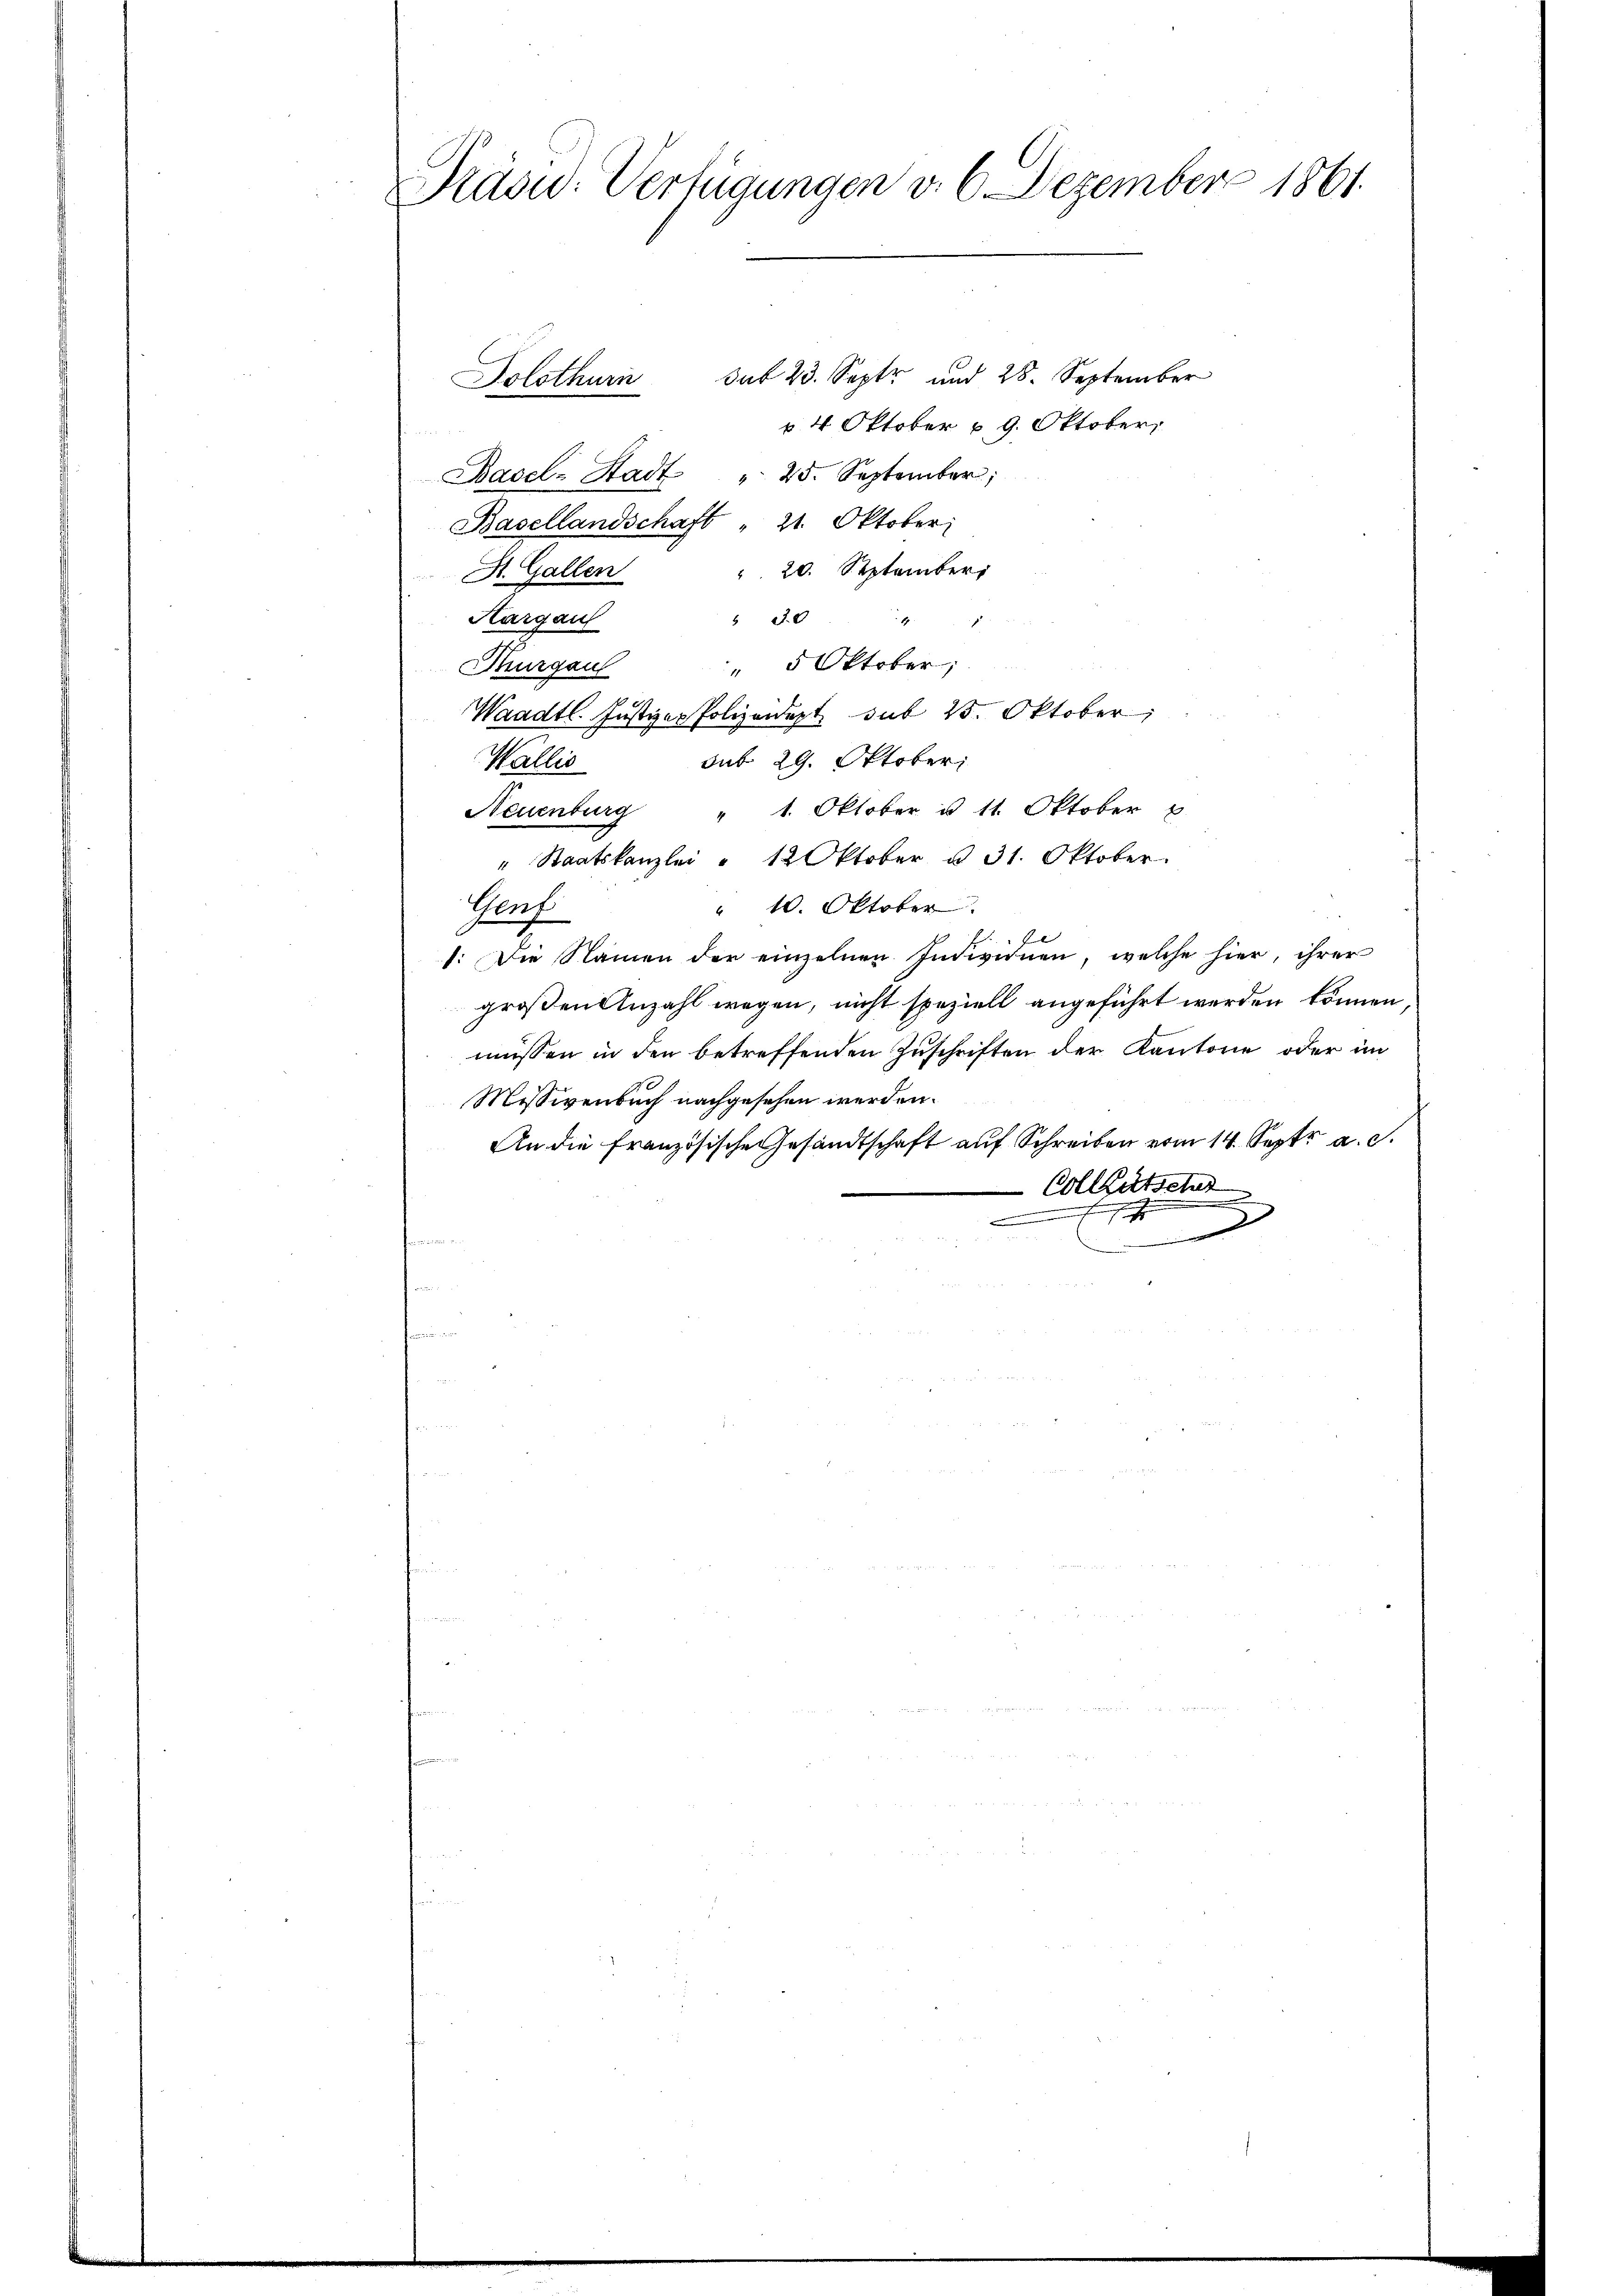
Präsid. Verfügungen v. 6. Dezember 1861.

sat 23. Septr und 28. September
Solothurn
 4 Oktober u. 9. Oktober
Basel-Stadt " 25. September
Basellandschaft " 21. Oktober
 20. September
St. Gallen
 30
1
Hargau
.
" 5 Oktober;
Thurgau
Waadt Justiz- Polizeidept sub 15. Oktober,
sub. 29. Oktober
Wallis
Neuenburg " 1. Oktober u 11. Oktober u
" Staatskanzlei " 12 Oktober u. 31. Oktober.
Genf
" 10. Oktober
1. Die Namen der einzelnen Individuen, welche hier, ihrer
großen Anzahl wegen, nicht speziell angeführt werden können,
müssen in den betreffenden Zuschriften der Kantone oder im
Missivenbuch nachgesehen werden.
An die französische Gesandtschaft auf Schreiben vom 14. Septr a. c.
Colletsch
.
D